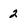
Character: 2